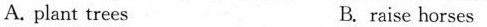
A. plant trees B. raise horses